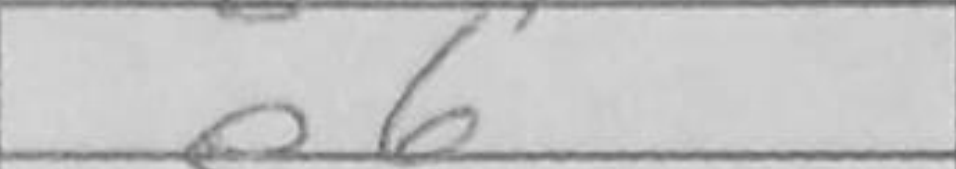
Transcription: e6